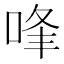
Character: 㖓